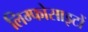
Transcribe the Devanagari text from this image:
लिम्फोसाइटों